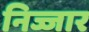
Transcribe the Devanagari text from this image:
निज्जार